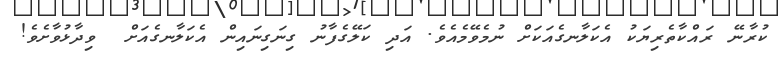
ކުރާނޭ ރައްކާތެރިޔަކު އެކަލާނގެއަކަށް ނުމެވޭމެއެވެ. އަދި ކަލޭގެފާނު ގިނަގިނައިން އެކަލާނގެއަށް  ވިދާޅުވާށެވެ!